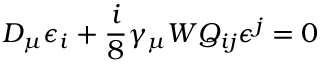
D _ { \mu } \epsilon _ { i } + \frac { i } { 8 } \gamma _ { \mu } W Q _ { i j } \epsilon ^ { j } = 0